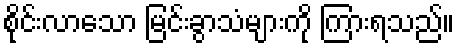
စိုင်းလာသော မြင်းခွာသံများကို ကြားရသည်။